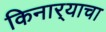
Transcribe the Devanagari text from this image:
किनार्‍याचा